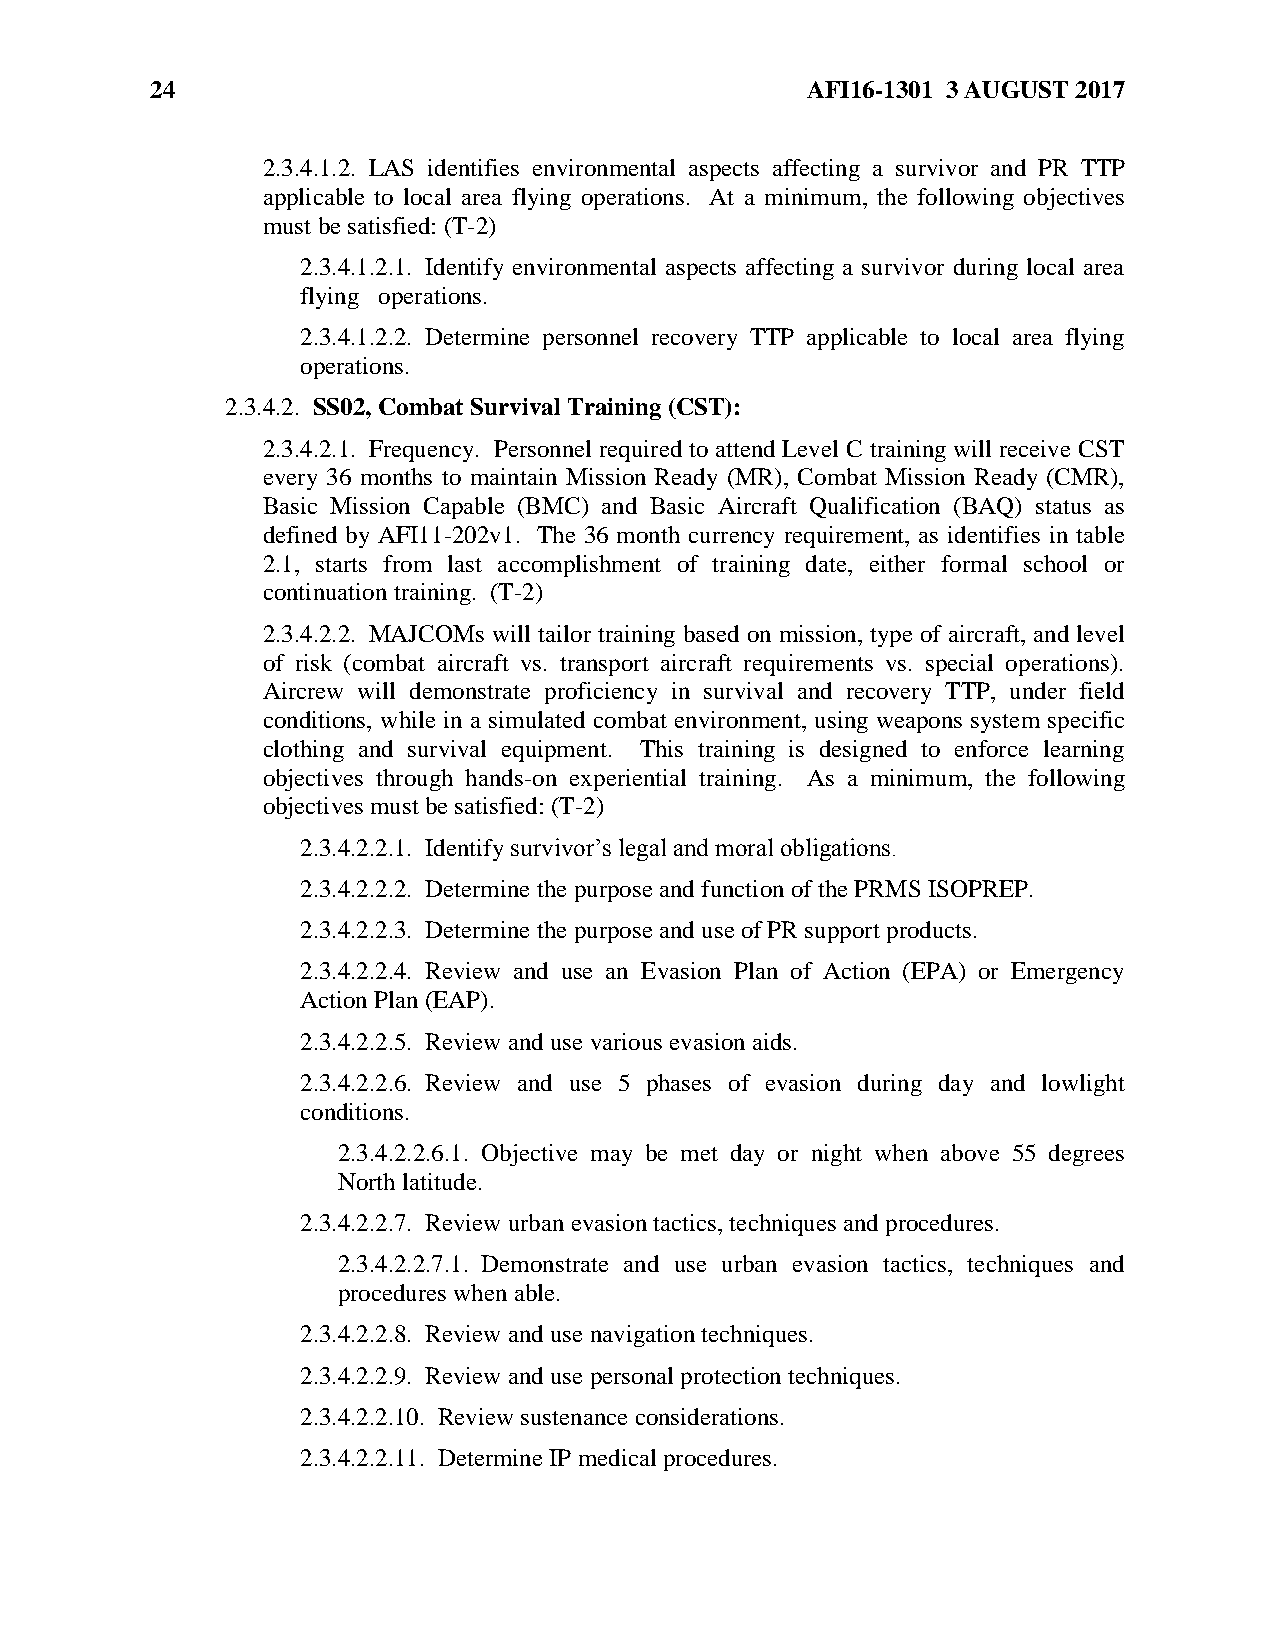
24                                         AFI16-1301 3 AUGUST 2017
 2.3.4.1.2. LAS identifies environmental aspects affecting a survivor and PR TTP
 applicable to local area flying operations. At a minimum, the following objectives
 must be satisfied: (T-2)
 2.3.4.1.2.1. Identify environmental aspects affecting a survivor during local area
 flying operations.
 2.3.4.1.2.2. Determine personnel recovery TTP applicable to local area flying
 operations.
 2.3.4.2. SS02, Combat Survival Training (CST):
 2.3.4.2.1. Frequency. Personnel required to attend Level C training will receive CST
 every 36 months to maintain Mission Ready (MR), Combat Mission Ready (CMR),
 Basic Mission Capable (BMC) and Basic Aircraft Qualification (BAQ) status as
 defined by AFI11-202v1. The 36 month currency requirement, as identifies in table
 2.1, starts from last accomplishment of training date, either formal school or
 continuation training. (T-2)
 2.3.4.2.2. MAJCOMs will tailor training based on mission, type of aircraft, and level
 of risk (combat aircraft vs. transport aircraft requirements vs. special operations).
 Aircrew will demonstrate proficiency in survival and recovery TTP, under field
 conditions, while in a simulated combat environment, using weapons system specific
 clothing and survival equipment. This training is designed to enforce learning
 objectives through hands-on experiential training. As a minimum, the following
 objectives must be satisfied: (T-2)
 2.3.4.2.2.1. Identify survivor’s legal and moral obligations.
 2.3.4.2.2.2. Determine the purpose and function of the PRMS ISOPREP.
 2.3.4.2.2.3. Determine the purpose and use of PR support products.
 2.3.4.2.2.4. Review and use an Evasion Plan of Action (EPA) or Emergency
 Action Plan (EAP).
 2.3.4.2.2.5. Review and use various evasion aids.
 2.3.4.2.2.6. Review and use 5 phases of evasion during day and lowlight
 conditions.
 2.3.4.2.2.6.1. Objective may be met day or night when above 55 degrees
 North latitude.
 2.3.4.2.2.7. Review urban evasion tactics, techniques and procedures.
 2.3.4.2.2.7.1. Demonstrate and use urban evasion tactics, techniques and
 procedures when able.
 2.3.4.2.2.8. Review and use navigation techniques.
 2.3.4.2.2.9. Review and use personal protection techniques.
 2.3.4.2.2.10. Review sustenance considerations.
 2.3.4.2.2.11. Determine IP medical procedures.